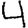
Digit: 4